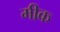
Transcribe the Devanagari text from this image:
मीक